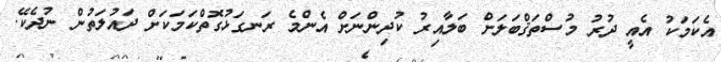
އެކަމަކު އެއީ ދުރު މުސްތަޤްބަލަށް ބަލާއިރު ކުދިންނަށް އެންމެ ރަނގަޅުގޮތްކަމަކަށް ދައުލަތުން ނުދެކޭ.